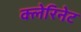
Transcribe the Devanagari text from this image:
क्लेरिनेट